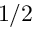
1 / 2